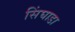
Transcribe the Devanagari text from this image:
सिंघाडा